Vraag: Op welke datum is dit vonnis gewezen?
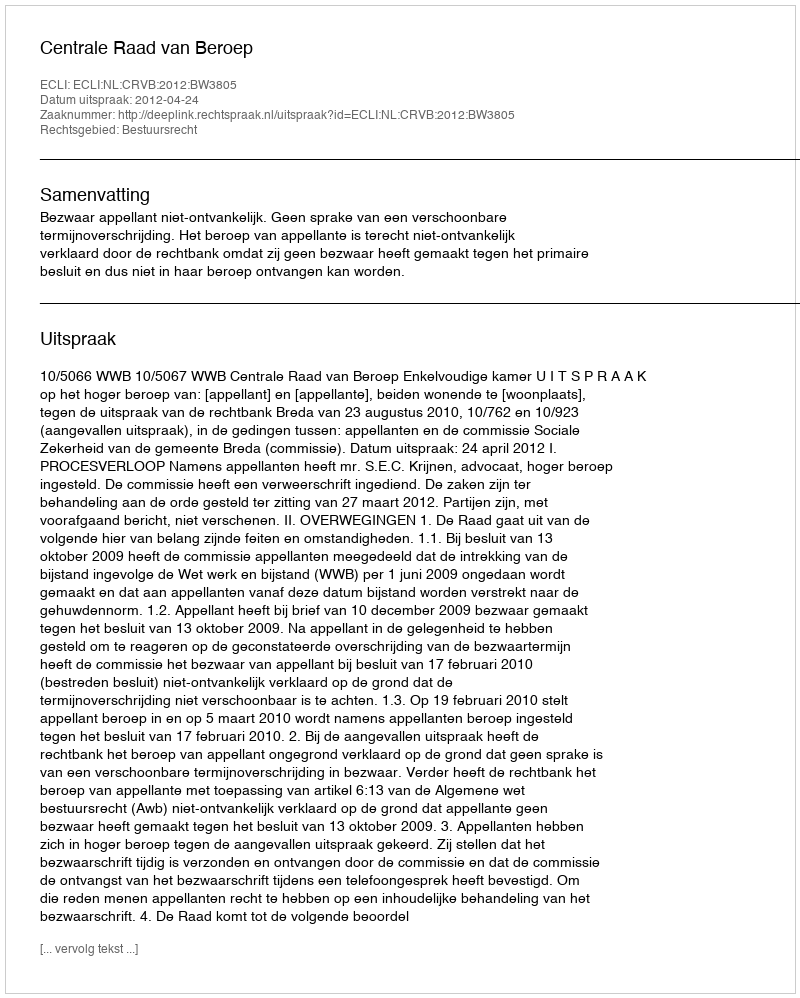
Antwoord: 2012-04-24